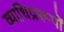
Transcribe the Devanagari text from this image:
व्याधिप्ररूपों